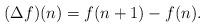
LaTeX: \begin{align*}(\Delta f)(n) = f(n+1)-f(n).\end{align*}